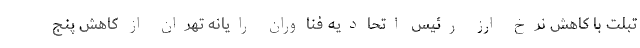
تبلت با کاهش نرخ ارز رئیس اتحادیه فناوران رایانه تهران از کاهش پنج